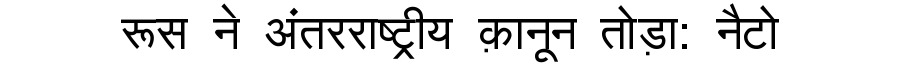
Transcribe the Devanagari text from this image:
रूस ने अंतरराष्ट्रीय क़ानून तोड़ा: नैटो